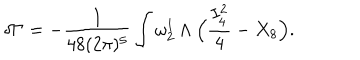
\delta \Gamma = - { \frac { 1 } { 4 8 ( 2 \pi ) ^ { 5 } } } \int \omega _ { 2 } ^ { 1 } \wedge \Big ( { \frac { I _ { 4 } ^ { 2 } } { 4 } } - X _ { 8 } \Big ) .